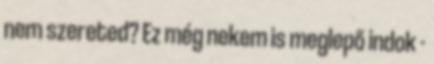
nem szereted? Ez még nekem is meglepő indok -